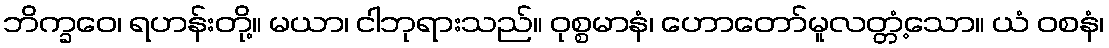
ဘိက္ခဝေ၊ ရဟန်းတို့။ မယာ၊ ငါဘုရားသည်။ ဝုစ္စမာနံ၊ ဟောတော်မူလတ္တံ့သော။ ယံ ဝစနံ၊